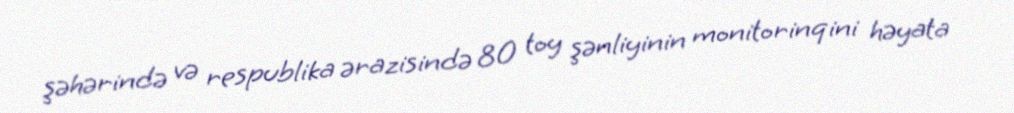
şəhərində və respublika ərazisində 80 toy şənliyinin monitorinqini həyata